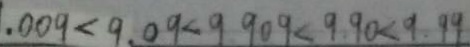
. 0 0 9 < 9 . 0 9 < 9 . 9 0 9 < 9 . 9 0 < 9 . 9 9